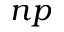
n p